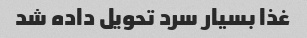
غذا بسیار سرد تحویل داده شد